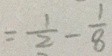
= \frac { 1 } { 2 } - \frac { 1 } { 8 }